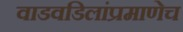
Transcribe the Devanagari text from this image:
वाडवडिलांप्रमाणेच